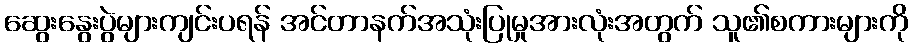
ဆွေးနွေးပွဲများကျင်းပရန် အင်တာနက်အသုံးပြုမှုအားလုံးအတွက် သူ၏စကားများကို